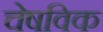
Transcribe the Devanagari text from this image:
चेषविक